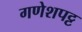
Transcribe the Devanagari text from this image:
गणेशपट्ट